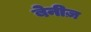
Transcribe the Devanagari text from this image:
बेनीज़